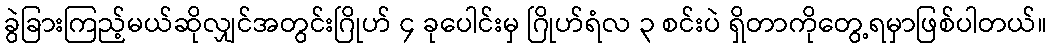
ခွဲခြားကြည့်မယ်ဆိုလျှင်အတွင်းဂြိုဟ် ၄ ခုပေါင်းမှ ဂြိုဟ်ရံလ ၃ စင်းပဲ ရှိတာကိုတွေ့ရမှာဖြစ်ပါတယ်။